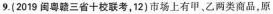
9.(2019粤三省十校联考，12)市场上有甲，乙两类商品，原